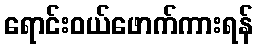
ရောင်းဝယ်ဖောက်ကားရန်